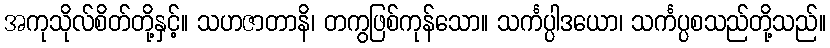
အကုသိုလ်စိတ်တို့နှင့်။ သဟဇာတာနိ၊ တကွဖြစ်ကုန်သော။ သင်္ကပ္ပါဒယော၊ သင်္ကပ္ပစသည်တို့သည်။